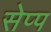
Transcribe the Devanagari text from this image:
सेप्प